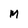
Character: M